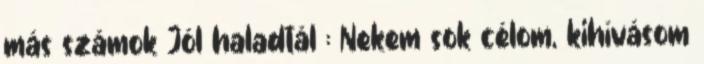
más számok Jól haladtál : Nekem sok célom, kihívásom